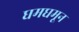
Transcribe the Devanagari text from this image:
घमघमून